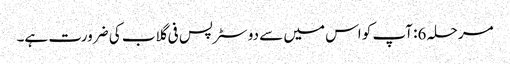
مرحلہ 6: آپ کو اس میں سے دو سٹرپس فی گلاب کی ضرورت ہے۔